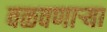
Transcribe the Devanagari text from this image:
वळवणाऱ्या